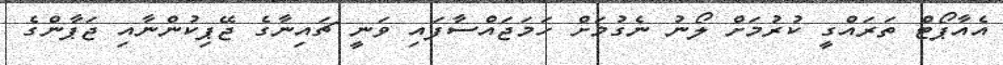
އެއާޕޯޓް ތަރައްގީ ކުރުމަށް ލޯނު ނެގުމަށް ހަމަޖައްސާފައި ވަނީ ޗައިނާގެ ޖޭޕިކުންނާއި ޖަޕާންގެ